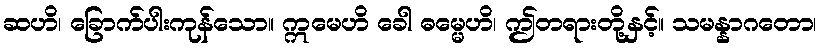
ဆဟိ၊ ခြောက်ပါးကုန်သော။ ဣမေဟိ ခေါ ဓမ္မေဟိ၊ ဤတရားတို့နှင့်။ သမန္နာဂတော၊